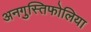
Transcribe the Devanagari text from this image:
अनगुस्तिफोलिया